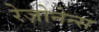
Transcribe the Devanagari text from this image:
रेज़ोनेन्स